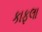
કાફલા